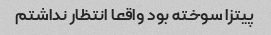
پیتزا سوخته بود واقعا انتظار نداشتم